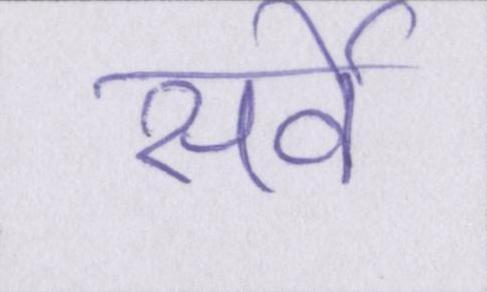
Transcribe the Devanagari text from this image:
सर्वे